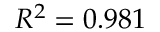
R ^ { 2 } = 0 . 9 8 1